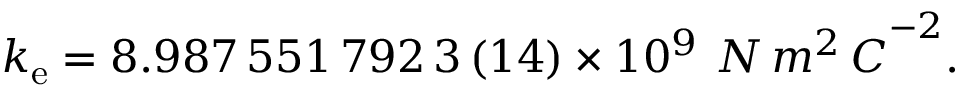
k _ { \mathrm { e } } = 8 . 9 8 7 \, 5 5 1 \, 7 9 2 \, 3 \, ( 1 4 ) \times 1 0 ^ { 9 } \ { N \, m ^ { 2 } \, C } ^ { - 2 } .